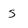
Character: s